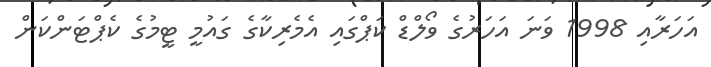
އަހަރާއި 1998 ވަނަ އަހަރުގެ ވޯލްޑް ކަޕްގައި އެމެރިކާގެ ގައުމީ ޓީމުގެ ކެޕްޓަންކަން